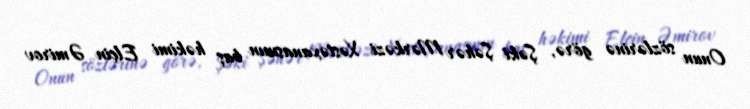
Onun sözlərinə görə, Şəki Şəhər Mərkəzi Xəstəxanasının baş həkimi Elçin Əmirov